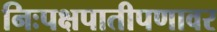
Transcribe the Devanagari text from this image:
निःपक्षपातीपणावर